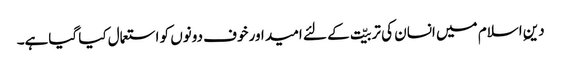
دینِ اسلام میں انسان کی تربیّت کے لئے امید اور خوف دونوں کو استعمال کیا گیاہے۔